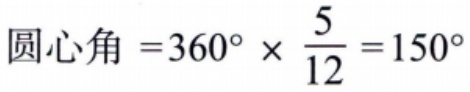
圆心角 \(=360^{\circ} \times \frac{5}{12}=150^{\circ}\)